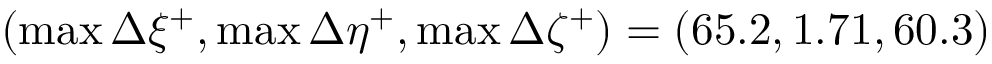
( \operatorname* { m a x } { \Delta \xi ^ { + } } , \operatorname* { m a x } { \Delta \eta ^ { + } } , \operatorname* { m a x } { \Delta \zeta ^ { + } } ) = ( 6 5 . 2 , 1 . 7 1 , 6 0 . 3 )